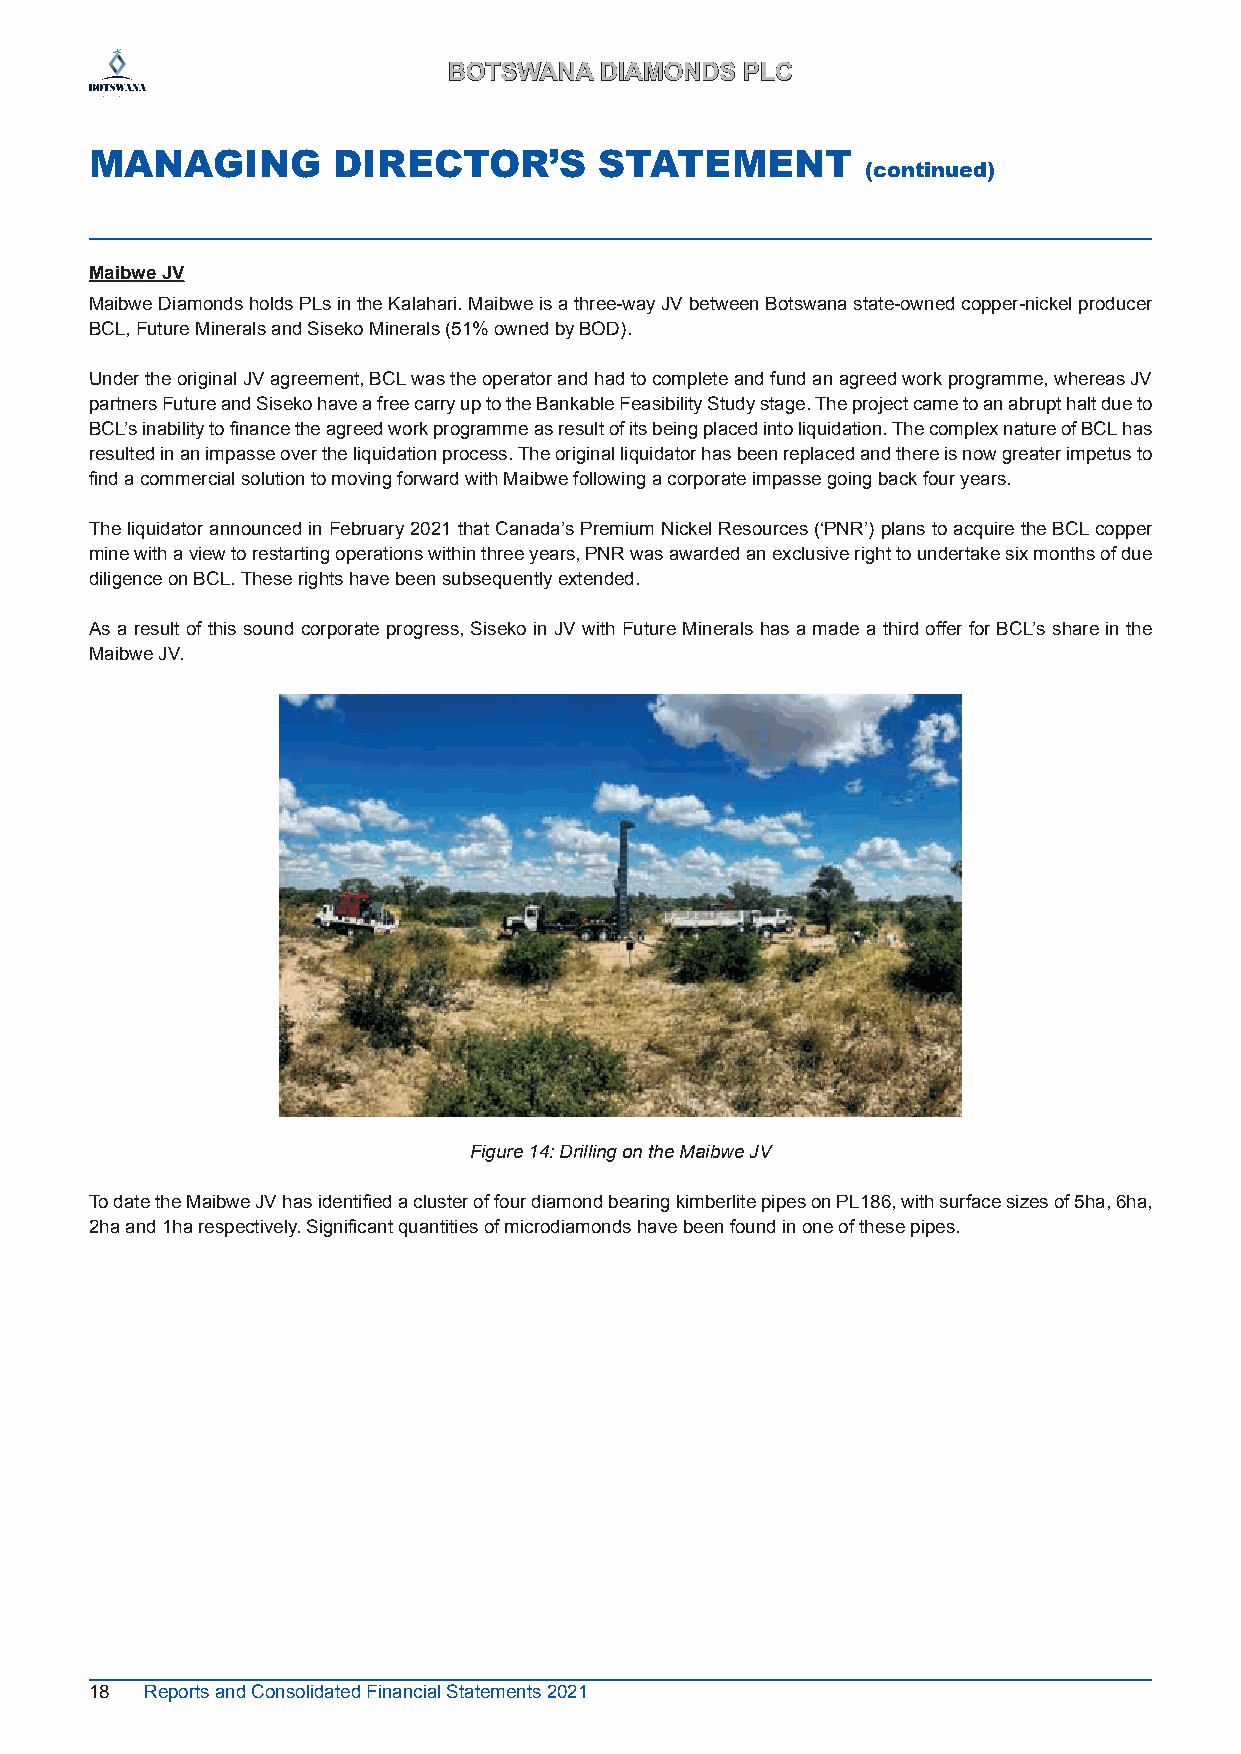
BBOOTTSSWWAANNAA DDIIAAMMOONNDDSS PPLLCC
 MANAGING        DIRECTOR’S        STATEMENT
 (continued)
 Maibwe JV
 Maibwe Diamonds holds PLs in the Kalahari. Maibwe is a three-way JV between Botswana state-owned copper-nickel producer
 BCL, Future Minerals and Siseko Minerals (51% owned by BOD).
 Under the original JV agreement, BCL was the operator and had to complete and fund an agreed work programme, whereas JV
 partners Future and Siseko have a free carry up to the Bankable Feasibility Study stage. The project came to an abrupt halt due to
 BCL’s inability to finance the agreed work programme as result of its being placed into liquidation. The complex nature of BCL has
 resulted in an impasse over the liquidation process. The original liquidator has been replaced and there is now greater impetus to
 find a commercial solution to moving forward with Maibwe following a corporate impasse going back four years.
 The liquidator announced in February 2021 that Canada’s Premium Nickel Resources (‘PNR’) plans to acquire the BCL copper
 mine with a view to restarting operations within three years, PNR was awarded an exclusive right to undertake six months of due
 diligence on BCL. These rights have been subsequently extended.
 As a result of this sound corporate progress, Siseko in JV with Future Minerals has a made a third offer for BCL’s share in the
 Maibwe JV.
 Figure 14: Drilling on the Maibwe JV
 To date the Maibwe JV has identified a cluster of four diamond bearing kimberlite pipes on PL186, with surface sizes of 5ha, 6ha,
 2ha and 1ha respectively. Significant quantities of microdiamonds have been found in one of these pipes.
 18  Reports and Consolidated Financial Statements 2021